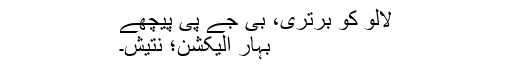
لالو کو برتری، بی جے پی پیچھے
بہار الیکشن؛ نتیش۔